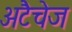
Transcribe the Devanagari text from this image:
अटैचेज